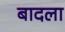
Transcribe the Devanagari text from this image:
बादला